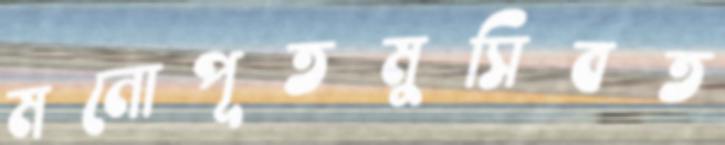
মনোপূতমুসিবত